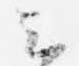
云